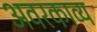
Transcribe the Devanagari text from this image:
अवरकाव्य